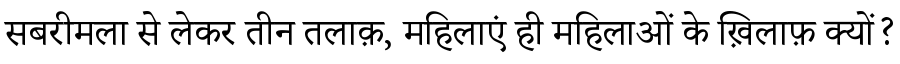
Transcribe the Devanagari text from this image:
सबरीमला से लेकर तीन तलाक़, महिलाएं ही महिलाओं के ख़िलाफ़ क्यों?